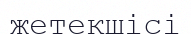
жетекшісі